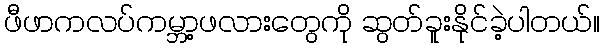
ဖီဖာကလပ်ကမ္ဘာ့ဖလားတွေကို ဆွတ်ခူးနိုင်ခဲ့ပါတယ်။